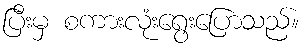
ပြီးမှ စကားလုံးရွေးပြောသည်။